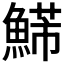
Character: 𩹩